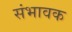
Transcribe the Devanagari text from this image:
संभावक